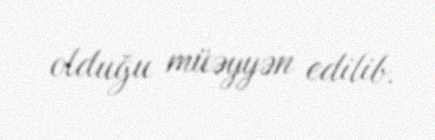
olduğu müəyyən edilib.